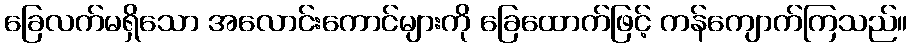
ခြေလက်မရှိသော အလောင်းကောင်များကို ခြေထောက်ဖြင့် ကန်ကျောက်ကြသည်။